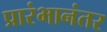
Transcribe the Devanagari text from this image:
प्रारंभानंतर